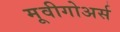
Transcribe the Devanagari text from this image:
मूवीगोअर्स